Report on plague in the Punjab from October 1st ... to September 30th ..., being the ... season of plague in the province
Disease focus: Plague
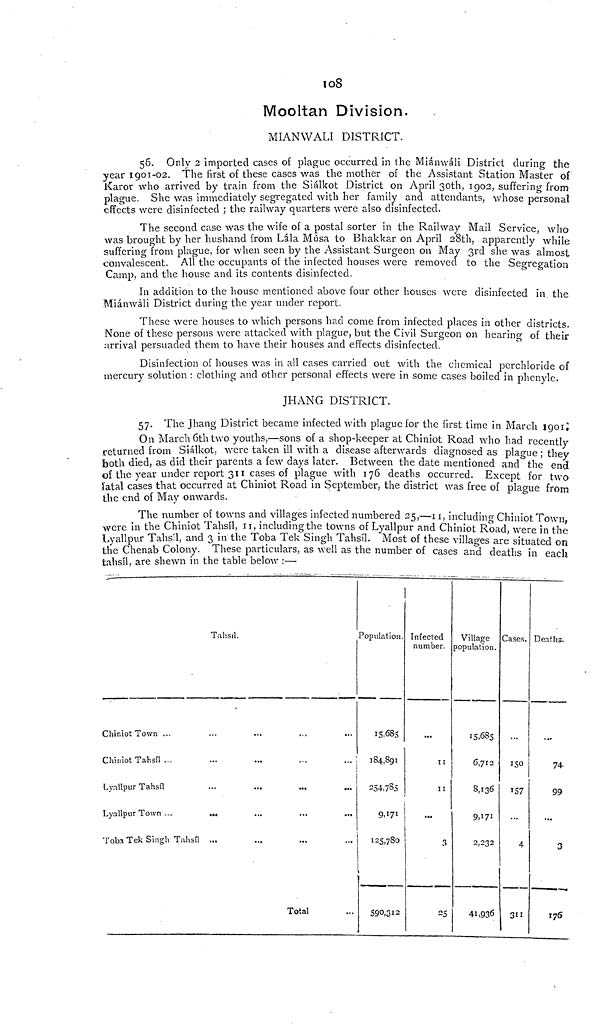
108
Mooltan Division.
MIANWALT DISTRICT.
56. Only 2 imported cases of plague occurred in the Miánwáli District during the
year 1901-02. The first of these cases was the mother of the Assistant Station Master of
Karor who arrived by train from the Siálkot District on April 30th, 1902, suffering from
plague. She was immediately segregated with her family and attendants, whose personal
effects were disinfected ; the railway quarters were also disinfected.
The second case was the wife of a postal sorter in the Railway Mail Service, who
was brought by her hushand from Lála Musa to Bhakkar on April 28th, apparently while
suffering from plague, for when seen by the Assistant Surgeon on May 3rd she was almost
convalescent. All the occupants of the infected houses were removed to the Segregation
Camp, and the house and its contents disinfected.
In addition to the house mentioned above four other houses were disinfected in the
Miánwáli District during the year under report.
These were houses to which persons had come from infected places in other districts.
None of these persons were attacked with plague, but the Civil Surgeon on hearing of their
arrival persuaded them to have their houses and effects disinfected.
Disinfection of houses was in all cases carried out with the chemical perchloride of
mercury solution : clothing and other personal effects were in some cases boiled in phenyle.
JHANG DISTRICT.
57. The Jhang District became infected with plague for the first time in March 1901.
On March 6th two youths,—sons of a shop-keeper at Chiniot Road who had recently
returned from Siálkot, were taken ill with a disease afterwards diagnosed as plague ; they
both died, as did their parents a few days later. Between the date mentioned and the end
of the year under report 311 cases of plague with 176 deaths occurred. Except for two
latal cases that occurred at Chiniot Road in September, the district was free of plague from
the end of May onwards.
The number of towns and villages infected numbered 25,—11, including Chiniot Town
were in the Chiniot Tahsil, 11, including the towns of Lyallpur and Chiniot Road, were in the
Lyallpur Tahsil, and 3 in the Toba Tek Singh Tahsil. Most of these villages are situated on
the Chenab Colony. These particulars, as well as the number of cases and deaths in each
tahsil, are shewn in the table below :—
Tahsil.
Chiniot Town ...
Chiniot Tahsil ...
Lyallpur Tahsil ...
Lyallpur Town ...
...
...
...
...
Toba Tek Singh Tahsil ...
Total
Population.
15,685
184,891
254,785
125,780
590,312
Infected
number.
11
11
...
3
Village
population.
15,685
6,712
8,136
9,171
2,232
41,936
Cases.
...
150
157
4
311
Deaths.
74-
99
...
3
176